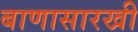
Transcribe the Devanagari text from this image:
बाणासारखी